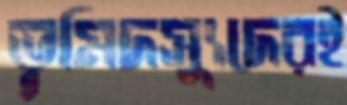
ভূমিদস্যুদেরই